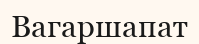
Вагаршапат